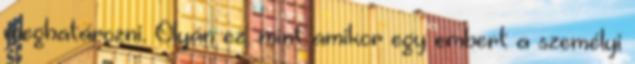
meghatározni. Olyan ez, mint amikor egy embert a személyi